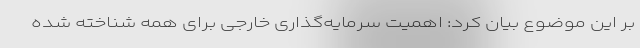
بر این موضوع بیان کرد: اهمیت سرمایه‌گذاری خارجی برای همه شناخته شده